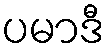
ပမာဒီ